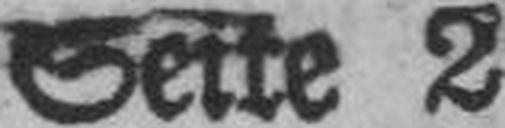
Seite 2